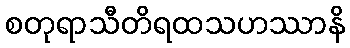
စတုရာသီတိရထသဟဿာနိ